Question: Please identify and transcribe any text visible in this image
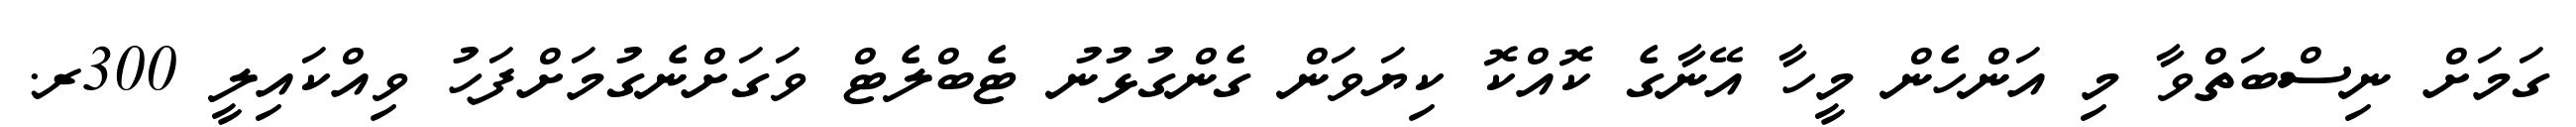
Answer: ގަމަށް ނިސްބަތްވާ މި އަންހެން މީހާ އޭނާގެ ކޮއްކޮ ކިޔަވަން ގެންގުޅުނު ޓެބްލެޓް ވަގަށްނެގުމަށްފަހު ވިއްކައިލީ 300ރ.